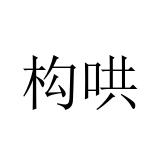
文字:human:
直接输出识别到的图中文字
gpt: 构哄